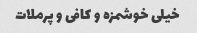
خیلی خوشمزه و کافی و پرملات